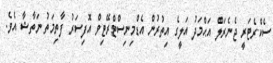
ސެކްރެޓަރީ ޖެނެރަލް އަޙްމަދު އަލީގެ އިތުރުން އެޑްމިނިސްޓްރޭޓިވް އޮފިސަރު ފާތިމަތު ނަތާޝާ އެވެ.